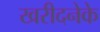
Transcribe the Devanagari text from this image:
खरीदनेके